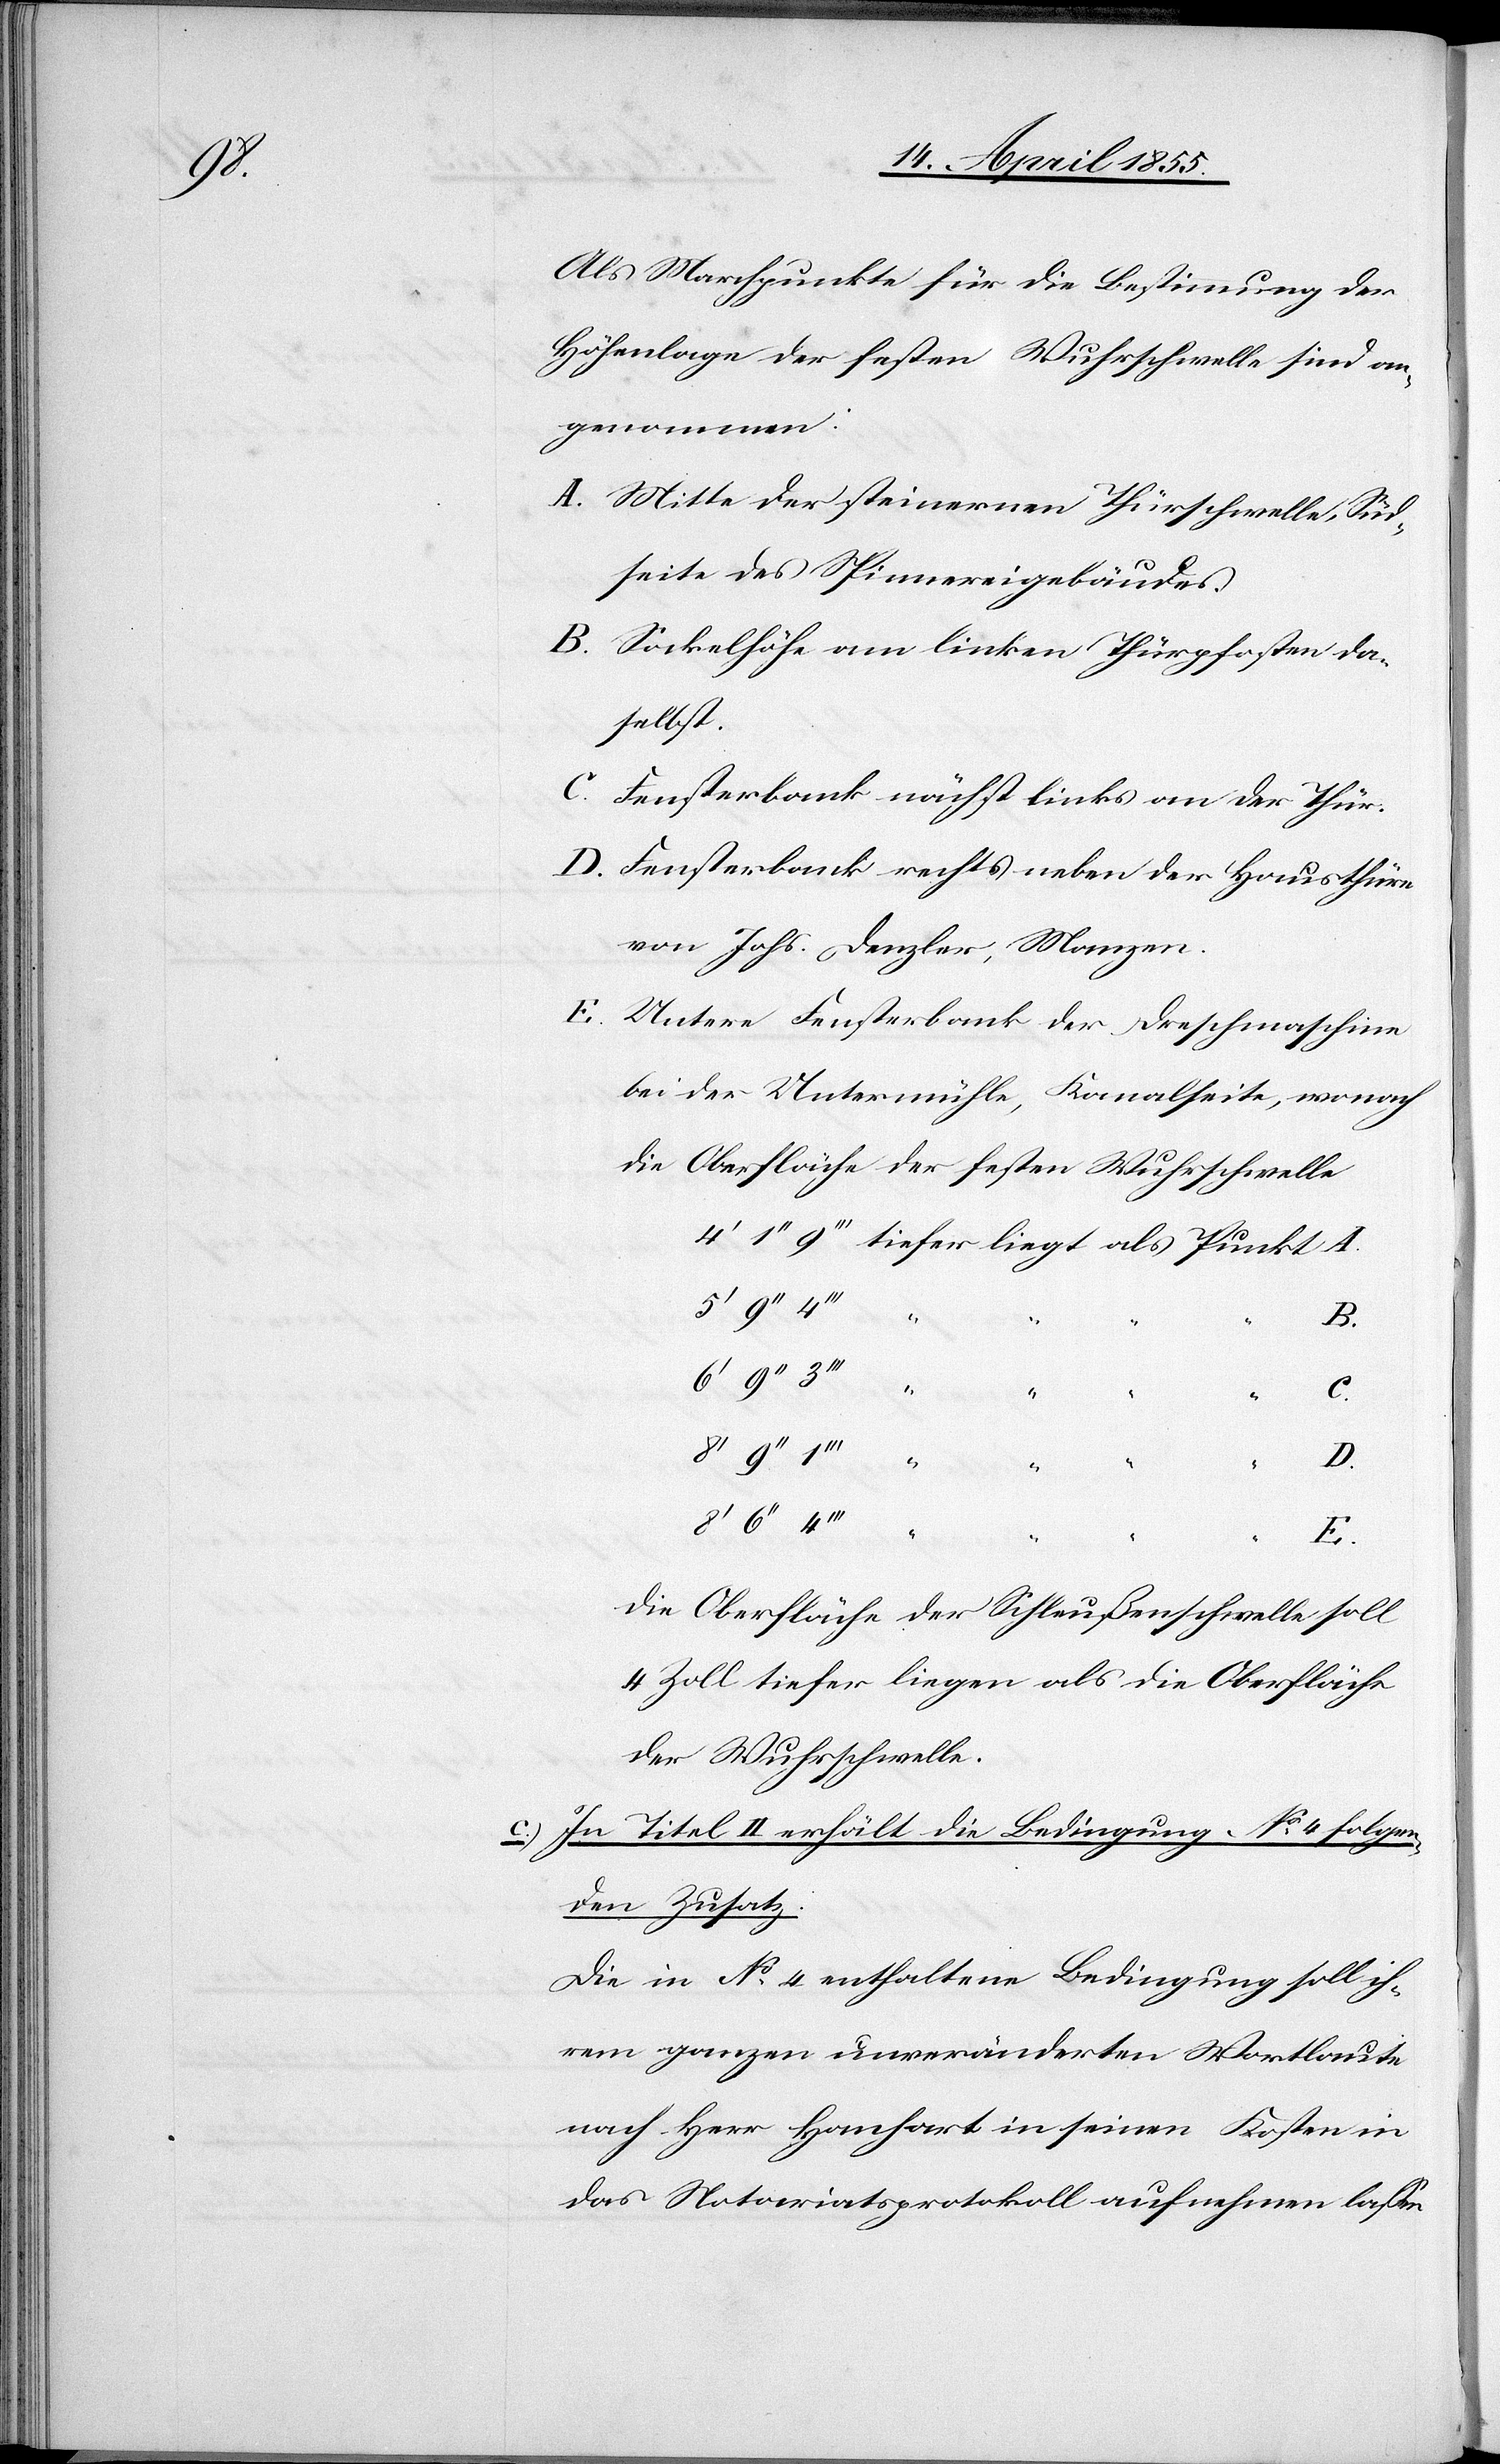
A.

Als Marchpunkte für die Bestimmung der
Höhenlage der festen Wuhrschwelle sind an¬
genommen:
Mitte der steinernen Thürschwelle, Süd¬
seite des Spinnereigebäudes.
Sockelhöhe am linken Thürpfosten da¬
selbst.
Fensterbank nächst links an der Thür.
Fensterbank rechts neben der Hausthüre
von Johs. Denzler, Manzen.
Untere Fensterbank der Dreschmaschine
bei der Untermühle, Kanalseite, wonach
die Oberfläche der festen Wuhrschwelle
1‘‘‘ [tiefer liegt als Punkt]
C.
D.
E.
Die Oberfläche der Schleußenschwelle soll
4 Zoll tiefer liegen als die Oberfläche
der Wuhrschwelle.
In Titel II erhält die Bedingung No 4 folgen¬
den Zusatz:
Die in No 4 enthaltene Bedingung soll ih¬
rem ganzen unveränderten Wortlaute
nach Herr Hanhart in seinen Kosten in
das Notariatsprotokoll aufnehmen lassen